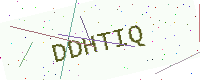
Text: DDHTIQ